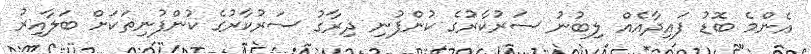
އެންމެ ބޮޑު ފައިދާއެއް ލިބުނު ސަރުކާރުގެ ކުންފުނި ދިރާގު ސަރުކާރުގެ ކުންފުނިތަކަށް ބަލާއިރު